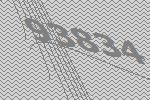
93834